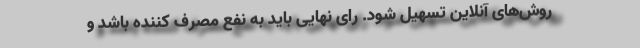
روش‌های آنلاین تسهیل شود. رای نهایی باید به نفع مصرف کننده باشد و